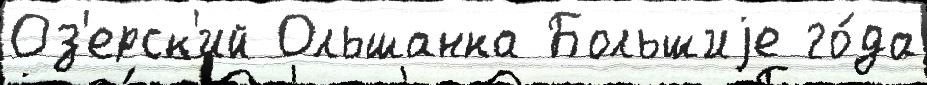
Оз'ерск'ий Ольшанка Большиjе го́да